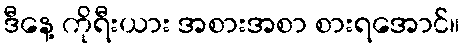
ဒီနေ့ ကိုရီးယား အစားအစာ စားရအောင်။